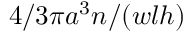
4 / 3 \pi a ^ { 3 } n / ( w l h )